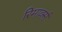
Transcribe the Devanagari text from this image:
रिमार्क्स